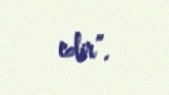
edir”.